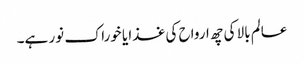
عالم بالا کی چھ ارواح کی غذا یا خوراک نور ہے۔